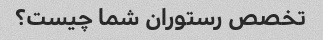
تخصص رستوران شما چیست؟